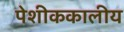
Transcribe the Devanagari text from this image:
पेशीककालीय